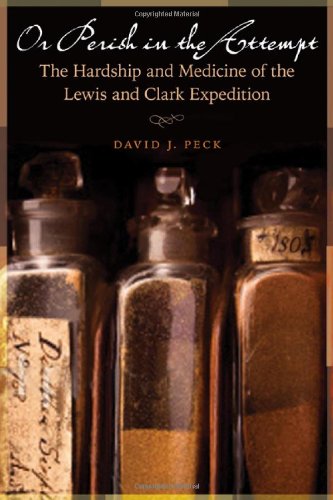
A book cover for Or Perish in the Attempt: The Hardship and Medicine of the Lewis and Clark Expedition; David J. Peck; Medical Books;